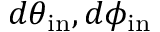
d \theta _ { \mathrm { i n } } , d \phi _ { \mathrm { i n } }